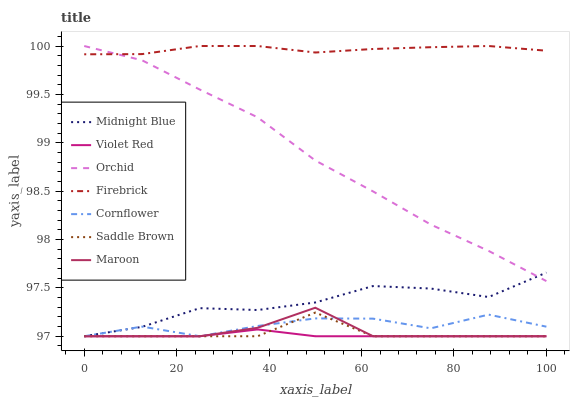
| xaxis_label | Midnight Blue | Violet Red | Orchid | Firebrick | Cornflower | Saddle Brown | Maroon |
 | --- | --- | --- | --- | --- | --- | --- | --- |
 | 0 | 97 | 97 | 100 | 99.9 | 97 | 97 | 97 |
 | 12.5 | 97.1 | 97 | 99.9 | 99.9 | 97.1 | 97 | 97 |
 | 25 | 97.3 | 97 | 99.5 | 100 | 97 | 97 | 97 |
 | 37.5 | 97.3 | 97.1 | 99.3 | 100 | 97.1 | 97 | 97.1 |
 | 50 | 97.3 | 97 | 98.8 | 99.9 | 97.2 | 97.2 | 97.3 |
 | 62.5 | 97.5 | 97 | 98.5 | 100 | 97.2 | 97 | 97 |
 | 75 | 97.5 | 97 | 98.2 | 100 | 97.1 | 97 | 97 |
 | 87.5 | 97.4 | 97 | 97.9 | 100 | 97.2 | 97 | 97 |
 | 100 | 97.7 | 97 | 97.6 | 100 | 97.1 | 97 | 97 |